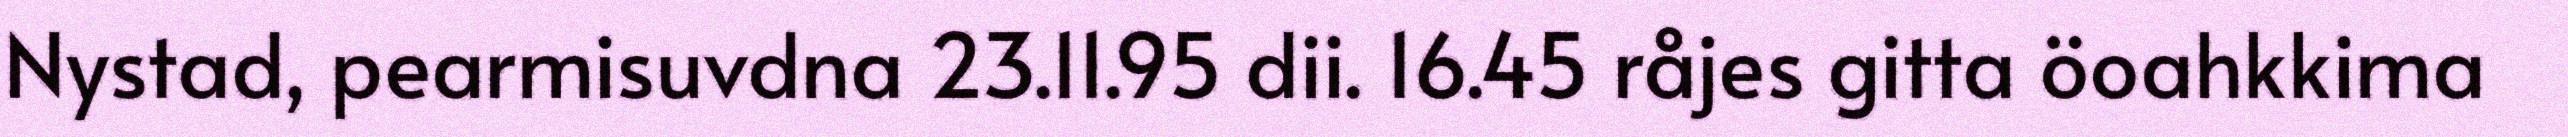
Nystad, pearmisuvdna 23.11.95 dii. 16.45 råjes gitta öoahkkima